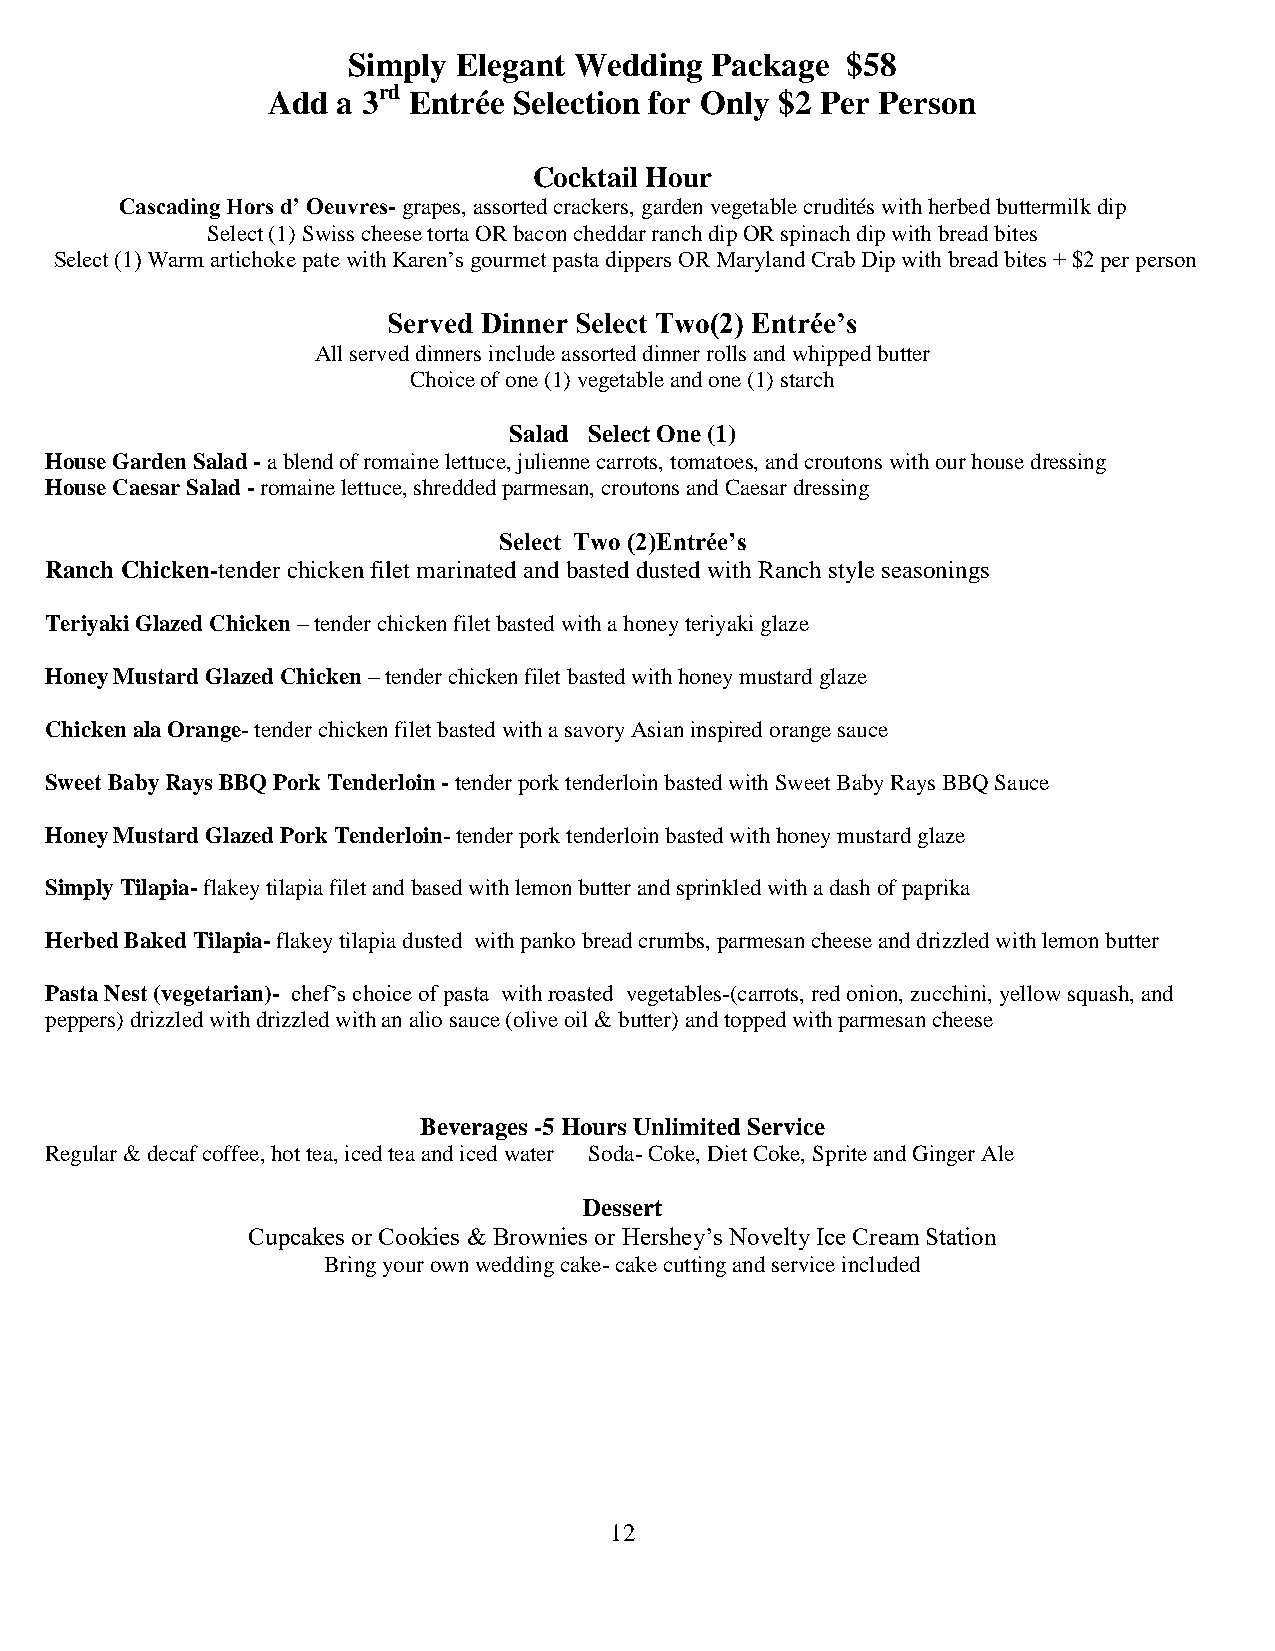
Simply Elegant Wedding  Package  $58
 rd
 Add a 3  Entrée Selection for Only $2 Per Person
 Cocktail Hour
 Cascading Hors d’ Oeuvres- grapes, assorted crackers, garden vegetable crudités with herbed buttermilk dip
 Select (1) Swiss cheese torta OR bacon cheddar ranch dip OR spinach dip with bread bites
 Select (1) Warm artichoke pate with Karen’s gourmet pasta dippers OR Maryland Crab Dip with bread bites + $2 per person
 Served Dinner Select Two(2) Entrée’s
 All served dinners include assorted dinner rolls and whipped butter
 Choice of one (1) vegetable and one (1) starch
 Salad Select One (1)
 House Garden Salad - a blend of romaine lettuce, julienne carrots, tomatoes, and croutons with our house dressing
 House Caesar Salad - romaine lettuce, shredded parmesan, croutons and Caesar dressing
 Select Two (2)Entrée’s
 Ranch Chicken-tender chicken filet marinated and basted dusted with Ranch style seasonings
 Teriyaki Glazed Chicken – tender chicken filet basted with a honey teriyaki glaze
 Honey Mustard Glazed Chicken – tender chicken filet basted with honey mustard glaze
 Chicken ala Orange- tender chicken filet basted with a savory Asian inspired orange sauce
 Sweet Baby Rays BBQ Pork Tenderloin - tender pork tenderloin basted with Sweet Baby Rays BBQ Sauce
 Honey Mustard Glazed Pork Tenderloin- tender pork tenderloin basted with honey mustard glaze
 Simply Tilapia- flakey tilapia filet and based with lemon butter and sprinkled with a dash of paprika
 Herbed Baked Tilapia- flakey tilapia dusted with panko bread crumbs, parmesan cheese and drizzled with lemon butter
 Pasta Nest (vegetarian)- chef’s choice of pasta with roasted vegetables-(carrots, red onion, zucchini, yellow squash, and
 peppers) drizzled with drizzled with an alio sauce (olive oil & butter) and topped with parmesan cheese
 Beverages -5 Hours Unlimited Service
 Regular & decaf coffee, hot tea, iced tea and iced water Soda- Coke, Diet Coke, Sprite and Ginger Ale
 Dessert
 Cupcakes or Cookies & Brownies or Hershey’s Novelty Ice Cream Station
 Bring your own wedding cake- cake cutting and service included
 12